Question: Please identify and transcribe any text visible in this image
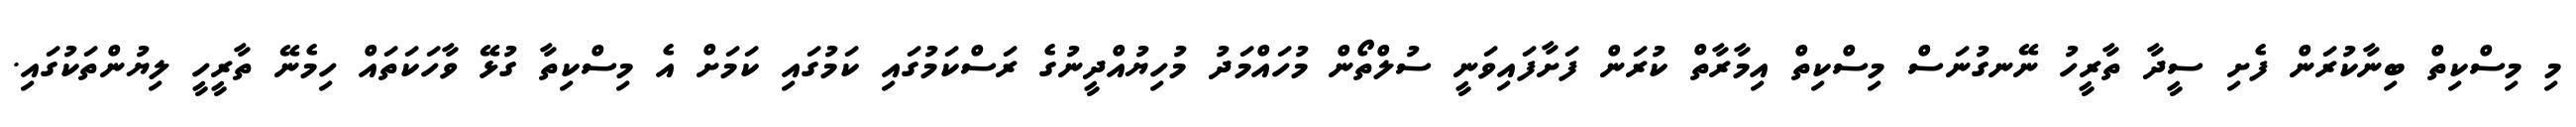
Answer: މި މިސްކިތް ބިނާކުރަން ފެށި ސީދާ ތާރީހު ނޭނގުނަސް މިސްކިތް އިމާރާތް ކުރަން ފަށާފައިވަނީ ސުލްތޯން މުހައްމަދު މުހިޔުއްދީނުގެ ރަސްކަމުގައި ކަމުގައި ކަމަށް އެ މިސްކިތާ ގުޅޭ ވާހަކަތައް ހިމެނޭ ތާރީހީ ލިޔުންތަކުގައި.